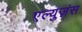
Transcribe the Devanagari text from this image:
एल्युज़ंस